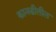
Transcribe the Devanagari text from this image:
कानडीतील